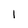
Character: 1